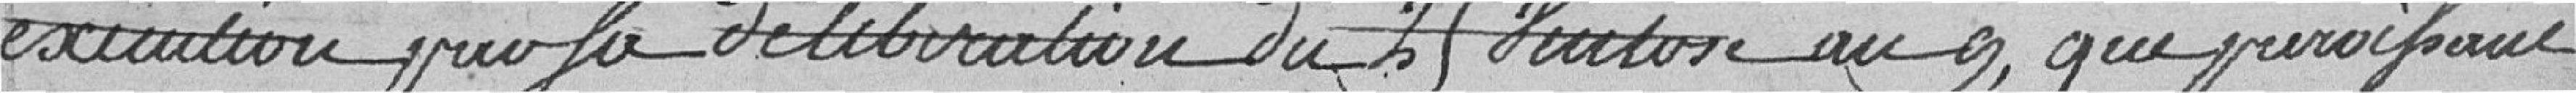
éxécution pour la délibération de M Vuiton au 9, que prévoyant